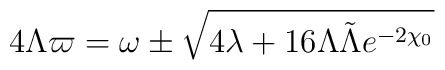
4 \Lambda \varpi  = \omega \pm \sqrt{4\lambda+ 16\Lambda \tilde \Lambda e^{-2 \chi_0} }